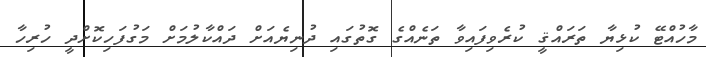
މާހުއްޓޭ ކުޅިޔާ ތަރައްޤީ ކުރެވިފައިވާ ތަނެއްގެ ގޮތުގައި ދުނިޔެއަށް ދައްކާލުމަށް މަގުފަހިކޮށްދީ ހުރިހާ